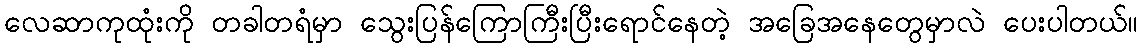
လေဆာကုထုံးကို တခါတရံမှာ သွေးပြန်ကြောကြီးပြီးရောင်နေတဲ့ အခြေအနေတွေမှာလဲ ပေးပါတယ်။